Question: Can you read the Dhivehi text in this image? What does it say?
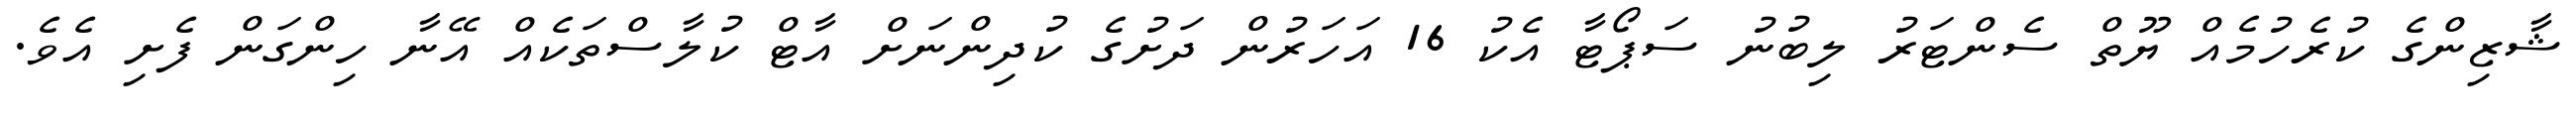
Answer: ޝާޒިންގެ ކުރެހުމެއް ޔޫތް ސެންޓަރު ލިބުނު ސަޕޯޓާ އެކު 16 އަހަރުން ދަށުގެ ކުދިންނަށް އާޓް ކުލާސްތަކެއް އޭނާ ހިންގަން ފެށި އެވެ.